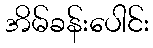
အိမ်ခန်းပေါင်း